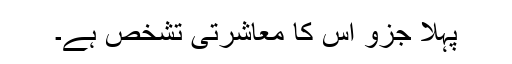
پہلا جزو اُس کا معاشرتی تشخص ہے۔